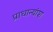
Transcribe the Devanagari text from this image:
प्राधान्यांश